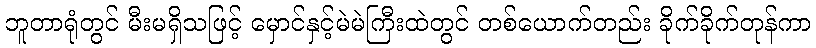
ဘူတာရုံတွင် မီးမရှိသဖြင့် မှောင်နှင့်မဲမဲကြီးထဲတွင် တစ်ယောက်တည်း ခိုက်ခိုက်တုန်ကာ